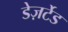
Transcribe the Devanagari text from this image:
डेज़र्टेड